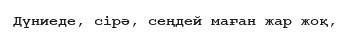
Дүниеде, сірә, сеңдей маған жар жоқ,